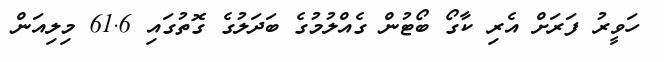
ހަވީރު ފަރަށް އެރި ކާގޯ ބޯޓުން ގެއްލުމުގެ ބަދަލުގެ ގޮތުގައި 61.6 މިލިއަން